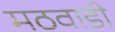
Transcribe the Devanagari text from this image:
मठवाडी